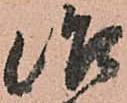
治